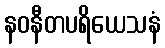
နဝနီတပရိယေသနံ